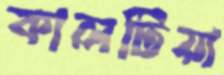
কালটিয়া